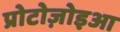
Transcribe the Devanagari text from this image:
प्रोटोज़ोइआ